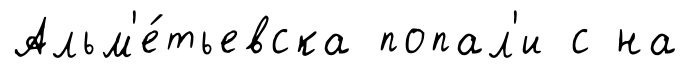
Альм'е́тьевска попал'и с на